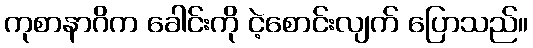
ကုစာနာဂိက ခေါင်းကို ငဲ့စောင်းလျက် ပြောသည်။